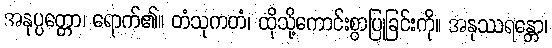
အနုပ္ပတ္တော၊ ရောက်၏။ တံသုကတံ၊ ထိုသို့ကောင်းစွာပြုခြင်းကို။ အနုဿရန္တော၊